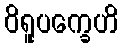
ဝိရူပက္ခေဟိ